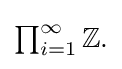
{\textstyle \prod _{i=1}^{\infty }\mathbb {Z} .}